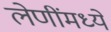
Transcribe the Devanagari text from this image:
लेणींमध्ये